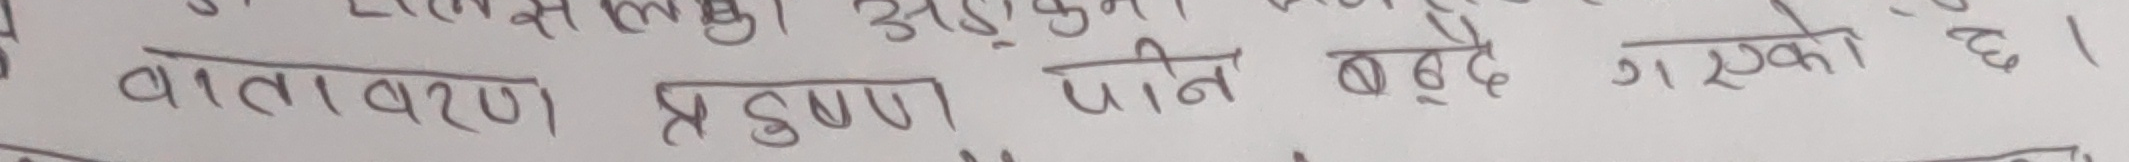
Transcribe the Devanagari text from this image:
वातावरण प्रदुषण पानी बर्बाद गरेको छ।